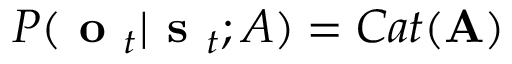
P ( \textbf { o } _ { t } | \textbf { s } _ { t } ; A ) = C a t ( \mathbf { A } )